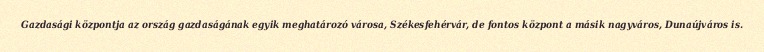
Gazdasági központja az ország gazdaságának egyik meghatározó városa, Székesfehérvár, de fontos központ a másik nagyváros, Dunaújváros is.